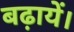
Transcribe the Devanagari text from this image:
बढ़ायें।